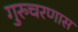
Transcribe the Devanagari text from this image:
गुरुचरणास